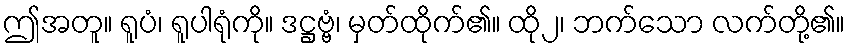
ဤအတူ။ ရူပံ၊ ရူပါရုံကို။ ဒဋ္ဌဗ္ဗံ၊ မှတ်ထိုက်၏။ ထို၂၊ ဘက်သော လက်တို့၏။